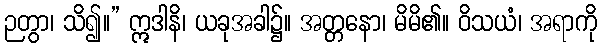
ဉတွာ၊ သိ၍။” ဣဒါနိ၊ ယခုအခါ၌။ အတ္တနော၊ မိမိ၏။ ဝိသယံ၊ အရာကို